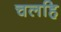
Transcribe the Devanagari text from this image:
चलहि